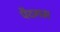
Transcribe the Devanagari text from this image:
पैदगम